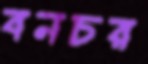
বনচর